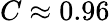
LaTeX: C\approx 0.96